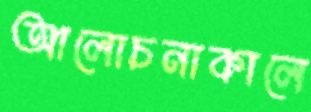
আলোচনাকালে